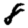
Digit: 8